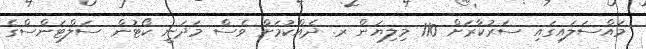
މައްސަލައިގައި ސަރުކާރަށް 110 މިލިޔަން ރ. ދެއްކުމަށް ވެސް މަދަނީ ކޯޓުން ސަލްޓަންސްގެ